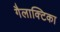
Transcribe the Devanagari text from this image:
गैलाक्टिका